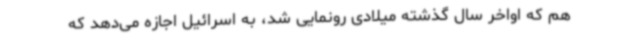
هم که اواخر سال گذشته میلادی رونمایی شد، به اسرائیل اجازه می‌دهد که